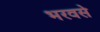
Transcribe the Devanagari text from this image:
भरवसे